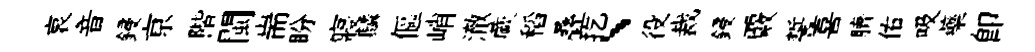
哀音鋟亰階閩耑盼寢麟傴峭澈蕨稻叠扢、役裁鋟覈誓喜臍佑吸藥即